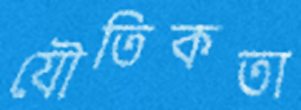
যৌতিকতা